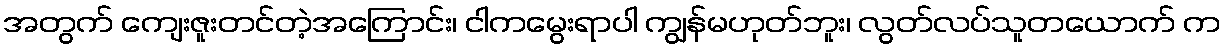
အတွက် ကျေးဇူးတင်တဲ့အကြောင်း၊ ငါကမွေးရာပါ ကျွန်မဟုတ်ဘူး၊ လွတ်လပ်သူတယောက် က